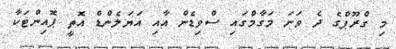
މި ގްރޫޕްގެ ދެ ވަނަ މަގާމްގައި ސްވިޑެން އާއި އަޔަލެންޑް އޮތީ ޕޮއިންޓަކާ